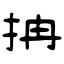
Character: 抩